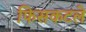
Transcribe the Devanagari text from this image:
फिसकटले